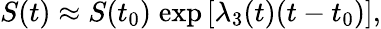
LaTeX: S(t)\approx S(t_{0})\; \textrm{exp}\left[\lambda_{3}(t)(t-t_{0})\right],